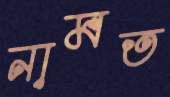
নামত